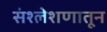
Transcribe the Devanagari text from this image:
संश्लेशणातून